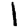
Digit: 1